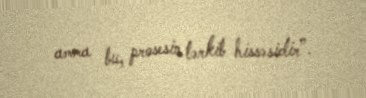
amma bu, prosesin tərkib hissəsidir”.